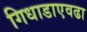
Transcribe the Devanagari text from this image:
गिधाडाएवढा